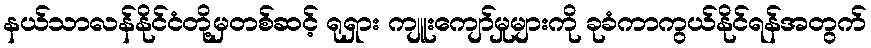
နယ်သာလန်နိုင်ငံတို့မှတစ်ဆင့် ရုရှား ကျူးကျော်မှုများကို ခုခံကာကွယ်နိုင်ရန်အတွက်